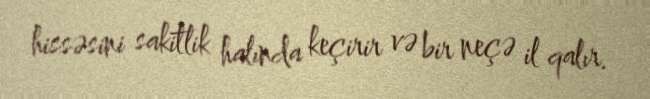
hissəsini sakitlik halında keçirir və bir neçə il qalır.